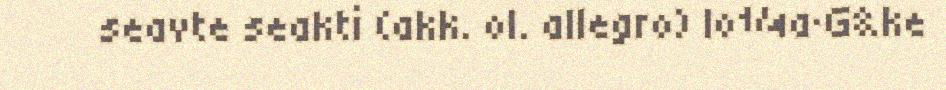
seavte seakti (akk. ol. allegro) lo¼a·G&ke